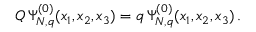
Q \, \Psi _ { N , q } ^ { ( 0 ) } ( x _ { 1 } , x _ { 2 } , x _ { 3 } ) = q \, \Psi _ { N , q } ^ { ( 0 ) } ( x _ { 1 } , x _ { 2 } , x _ { 3 } ) \, .